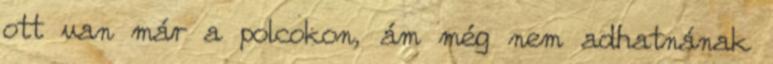
ott van már a polcokon, ám még nem adhatnának